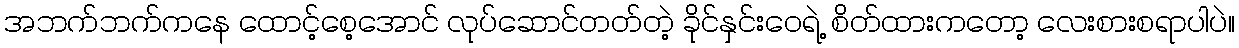
အဘက်ဘက်ကနေ ထောင့်စေ့အောင် လုပ်ဆောင်တတ်တဲ့ ခိုင်နှင်းဝေရဲ့ စိတ်ထားကတော့ လေးစားစရာပါပဲ။